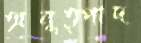
অনুত্পাদ